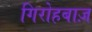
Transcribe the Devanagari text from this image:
गिरोहबाज़